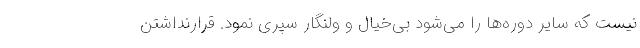
نیست که سایر دوره‌ها را می‌شود بی‌خیال و ولنگار سپری نمود. قرارنداشتن